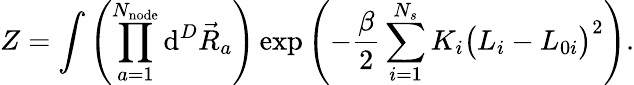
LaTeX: Z=\int{\left(\prod_{a=1}^{N_{\mathrm{node}}}{\mathrm{d}^{D}\vec{R}_{a}}\right)\exp{\left(-\frac{\beta}{2}\sum_{i=1}^{N_{s}}{K_{i}\big(L_{i}-L_{0i}\big)^{2}}\right)}}.